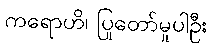
ကရောဟိ၊ ပြုတော်မူပါဦး